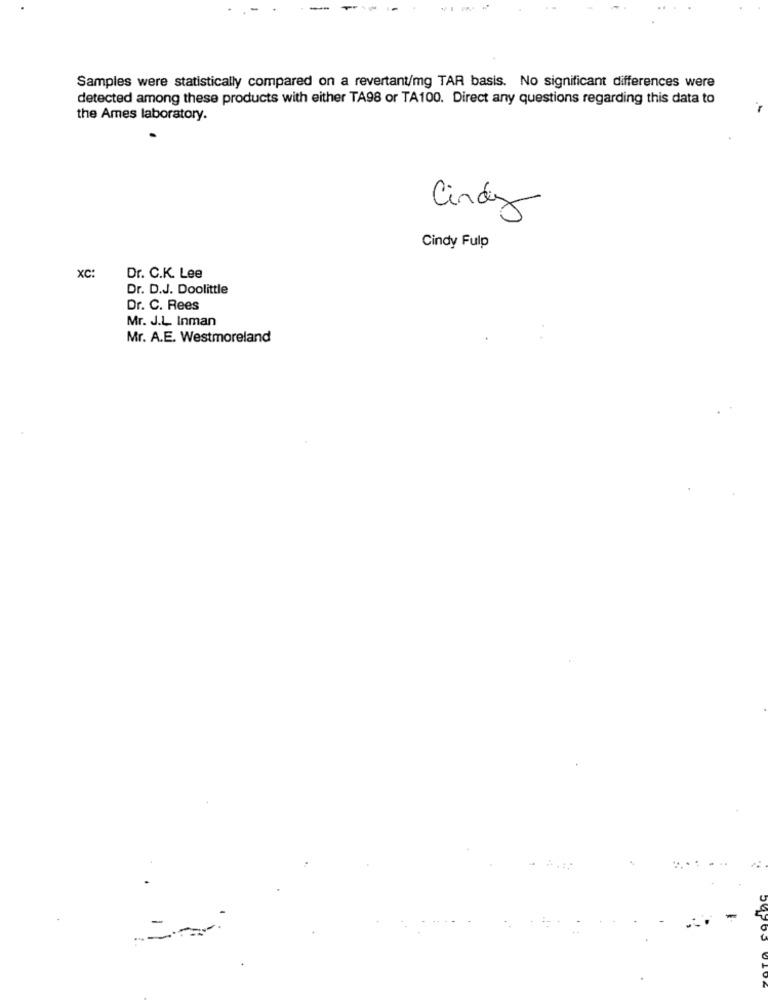
--
Samples were statistically compared on a revertant/mg TAR basis. No significant differences were
detected among these products with either TA98 or TA100. Direct any questions regarding this data to
the Ames laboratory.
Cindy
Cindy Fulp
XC:
Dr. C.K. Lee
Dr. D.J. Doolittle
Dr. C. Rees
Mr. J.L. Inman
Mr. A.E. Westmoreland
-